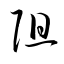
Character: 阻